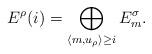
LaTeX: \begin{align*} E^\rho(i)=\bigoplus_{\langle m,u_\rho\rangle\geq i} E^\sigma_{m}.\end{align*}